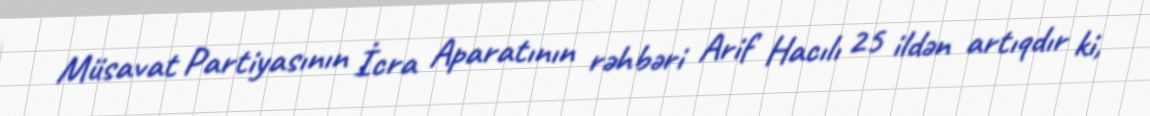
Müsavat Partiyasının İcra Aparatının rəhbəri Arif Hacılı 25 ildən artıqdır ki,